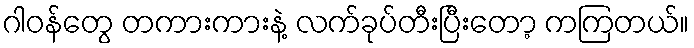
ဂါဝန်တွေ တကားကားနဲ့ လက်ခုပ်တီးပြီးတော့ ကကြတယ်။